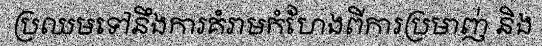
ប្រឈមទៅនឹងការគំរាមកំហែងពីការប្រមាញ់ និង